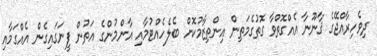
ދިވެހިރާއްޖޭގެ ޤާނޫނާ އެއްގޮތްވާ ގޮތުގެމަތިން އިންތިޒާމުކޮށް ބެލެހެއްޓުމާއި އާންމުންގެ އަތުން ފީނަގައިގެން އެއްގަމާއި